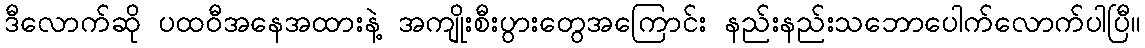
ဒီလောက်ဆို ပထဝီအနေအထားနဲ့ အကျိုးစီးပွားတွေအကြောင်း နည်းနည်းသဘောပေါက်လောက်ပါပြီ။